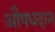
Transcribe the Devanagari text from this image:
औषधदान